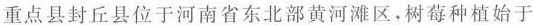
重点县封丘县位于河南省东北部黄河滩区，树莓种植始于